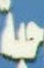
حبة